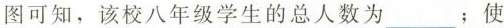
图可知，该校八年级学生的总人数为___；使